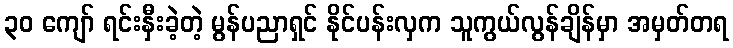
၃၀ ကျော် ရင်းနှီးခဲ့တဲ့ မွန်ပညာရှင် နိုင်ပန်းလှက သူကွယ်လွန်ချိန်မှာ အမှတ်တရ